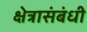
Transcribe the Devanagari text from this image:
क्षेत्रासंबंधी